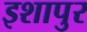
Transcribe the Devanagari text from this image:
इशापुर